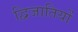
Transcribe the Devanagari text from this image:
द्विजातियों